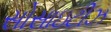
સોસાઇટીઝ